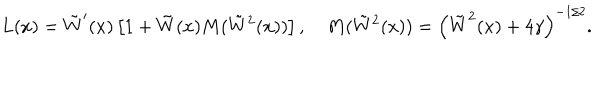
L ( x ) = \tilde { W } ^ { \prime } ( x ) \left[ 1 + \tilde { W } ( x ) M ( \tilde { W } { } ^ { 2 } ( x ) ) \right] , \quad M ( \tilde { W } { } ^ { 2 } ( x ) ) = \left( \tilde { W } ^ { 2 } ( x ) + 4 \gamma \right) ^ { - 1 / 2 } .